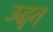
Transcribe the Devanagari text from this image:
उद्धृत्